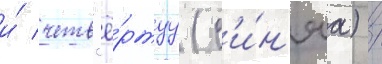
и́ четв'ё́ртуу (с'и́н'яа) /